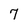
Character: 7